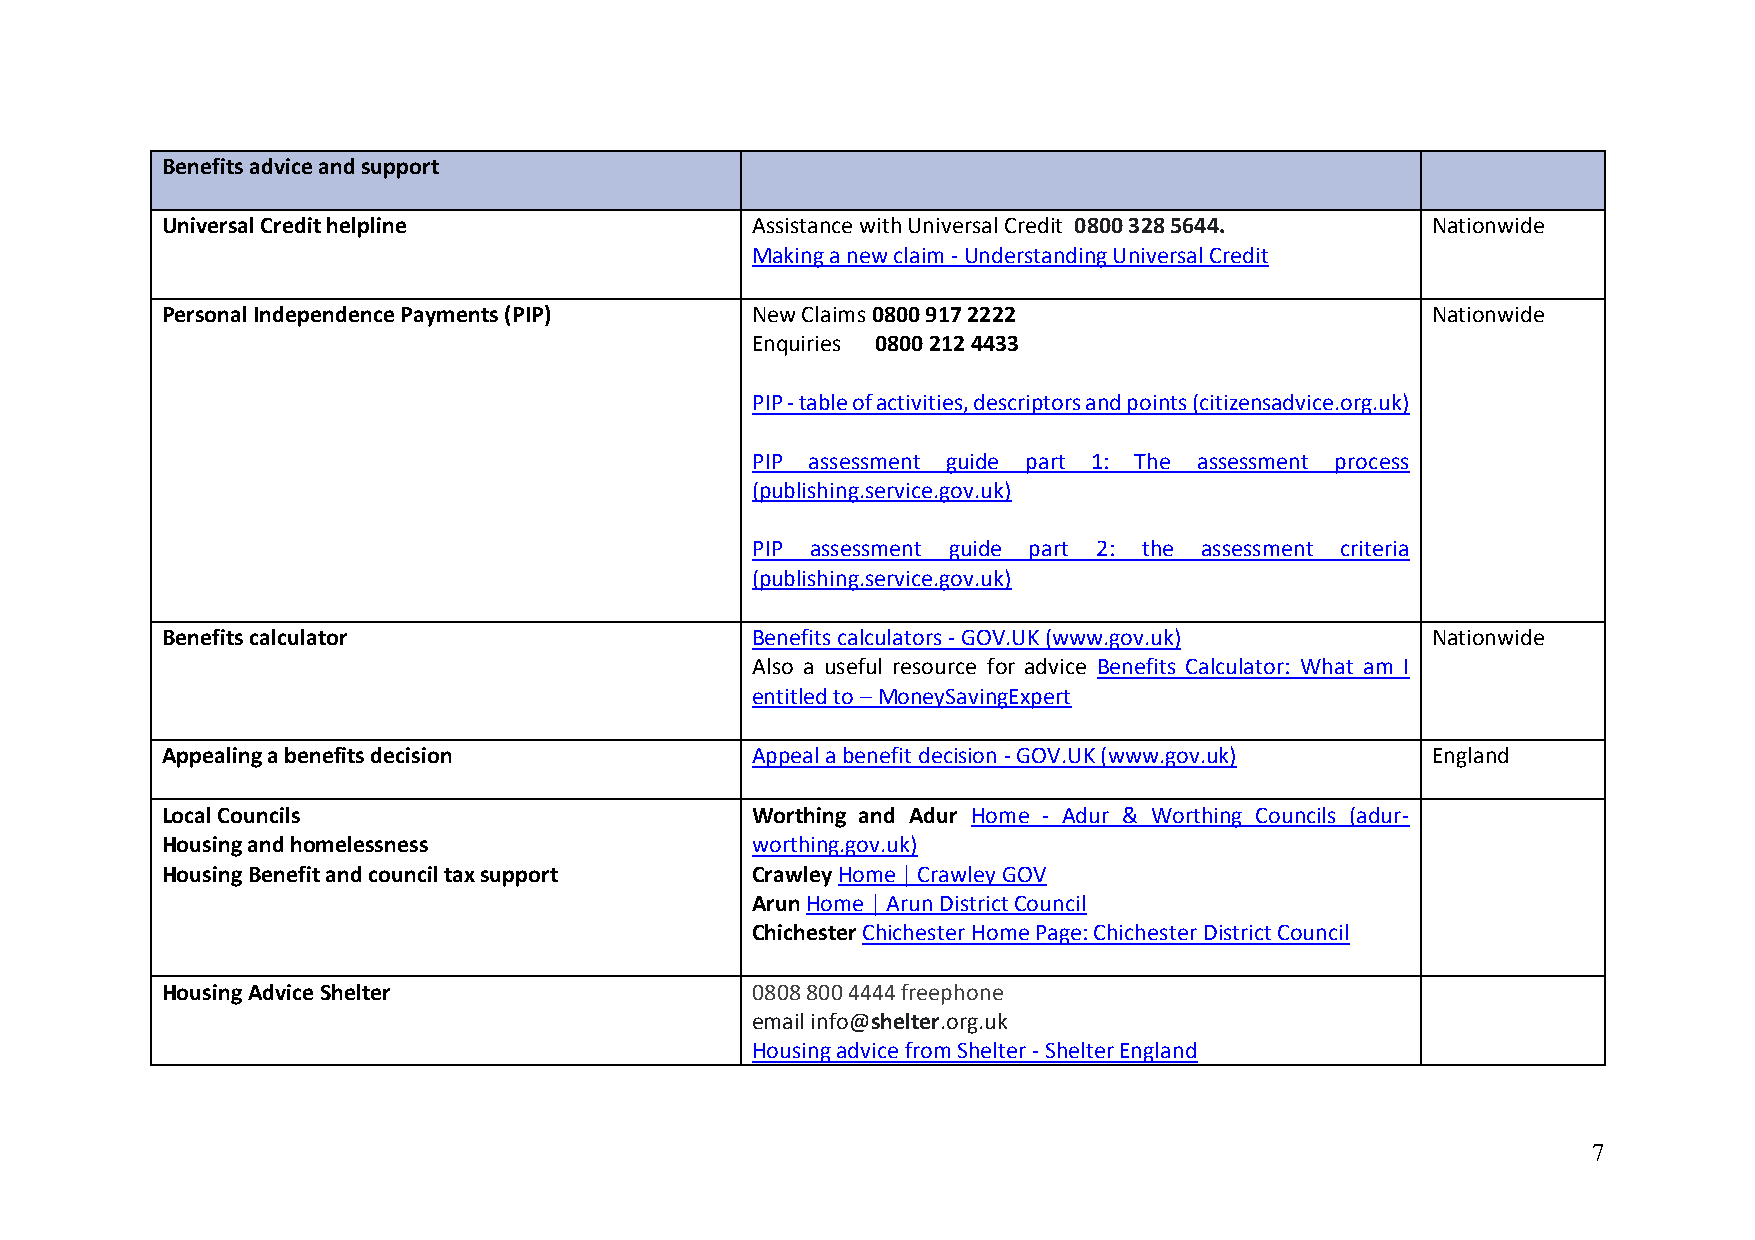
Benefits advice and support
 Universal Credit helpline              Assistance with Universal Credit 0800 328 5644. Nationwide
 Making a new claim - Understanding Universal Credit
 Personal Independence Payments (PIP)   New Claims 0800 917 2222                     Nationwide
 Enquiries 0800 212 4433
 PIP - table of activities, descriptors and points (citizensadvice.org.uk)
 PIP assessment guide part 1: The assessment process
 (publishing.service.gov.uk)
 PIP assessment guide part 2: the assessment criteria
 (publishing.service.gov.uk)
 Benefits calculator                    Benefits calculators - GOV.UK (www.gov.uk)   Nationwide
 Also a useful resource for advice Benefits Calculator: What am I
 entitled to – MoneySavingExpert
 Appealing a benefits decision          Appeal a benefit decision - GOV.UK (www.gov.uk) England
 Local Councils                         Worthing and Adur Home - Adur & Worthing Councils (adur-
 Housing and homelessness               worthing.gov.uk)
 Housing Benefit and council tax support Crawley Home | Crawley GOV
 Arun Home | Arun District Council
 Chichester Chichester Home Page: Chichester District Council
 Housing Advice Shelter                 0808 800 4444 freephone
 email info@shelter.org.uk
 Housing advice from Shelter - Shelter England
 7